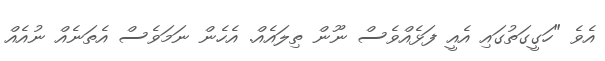
އެވެ "ހަގީގަތުގައި އެއީ ފަޅެއްވެސް ނޫން ތިލައެއް. އެހެން ނަމަވެސް އެތަނެއް ނުއެއް